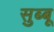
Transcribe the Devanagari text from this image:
सुब्बू